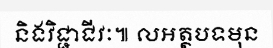
និងវិជ្ជាជីវៈ៕ លអត្ថបទមុន